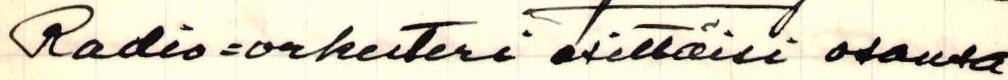
Radio=orkesteri esittäisi osansa